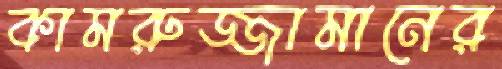
কামরুজ্জামানের